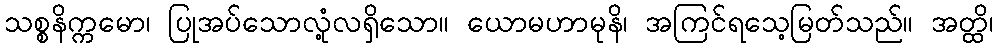
သစ္စနိက္ကမော၊ ပြုအပ်သောလုံ့လရှိသော။ ယောမဟာမုနိ၊ အကြင်ရသေ့မြတ်သည်။ အတ္ထိ၊